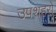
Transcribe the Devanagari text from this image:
उपशहरों